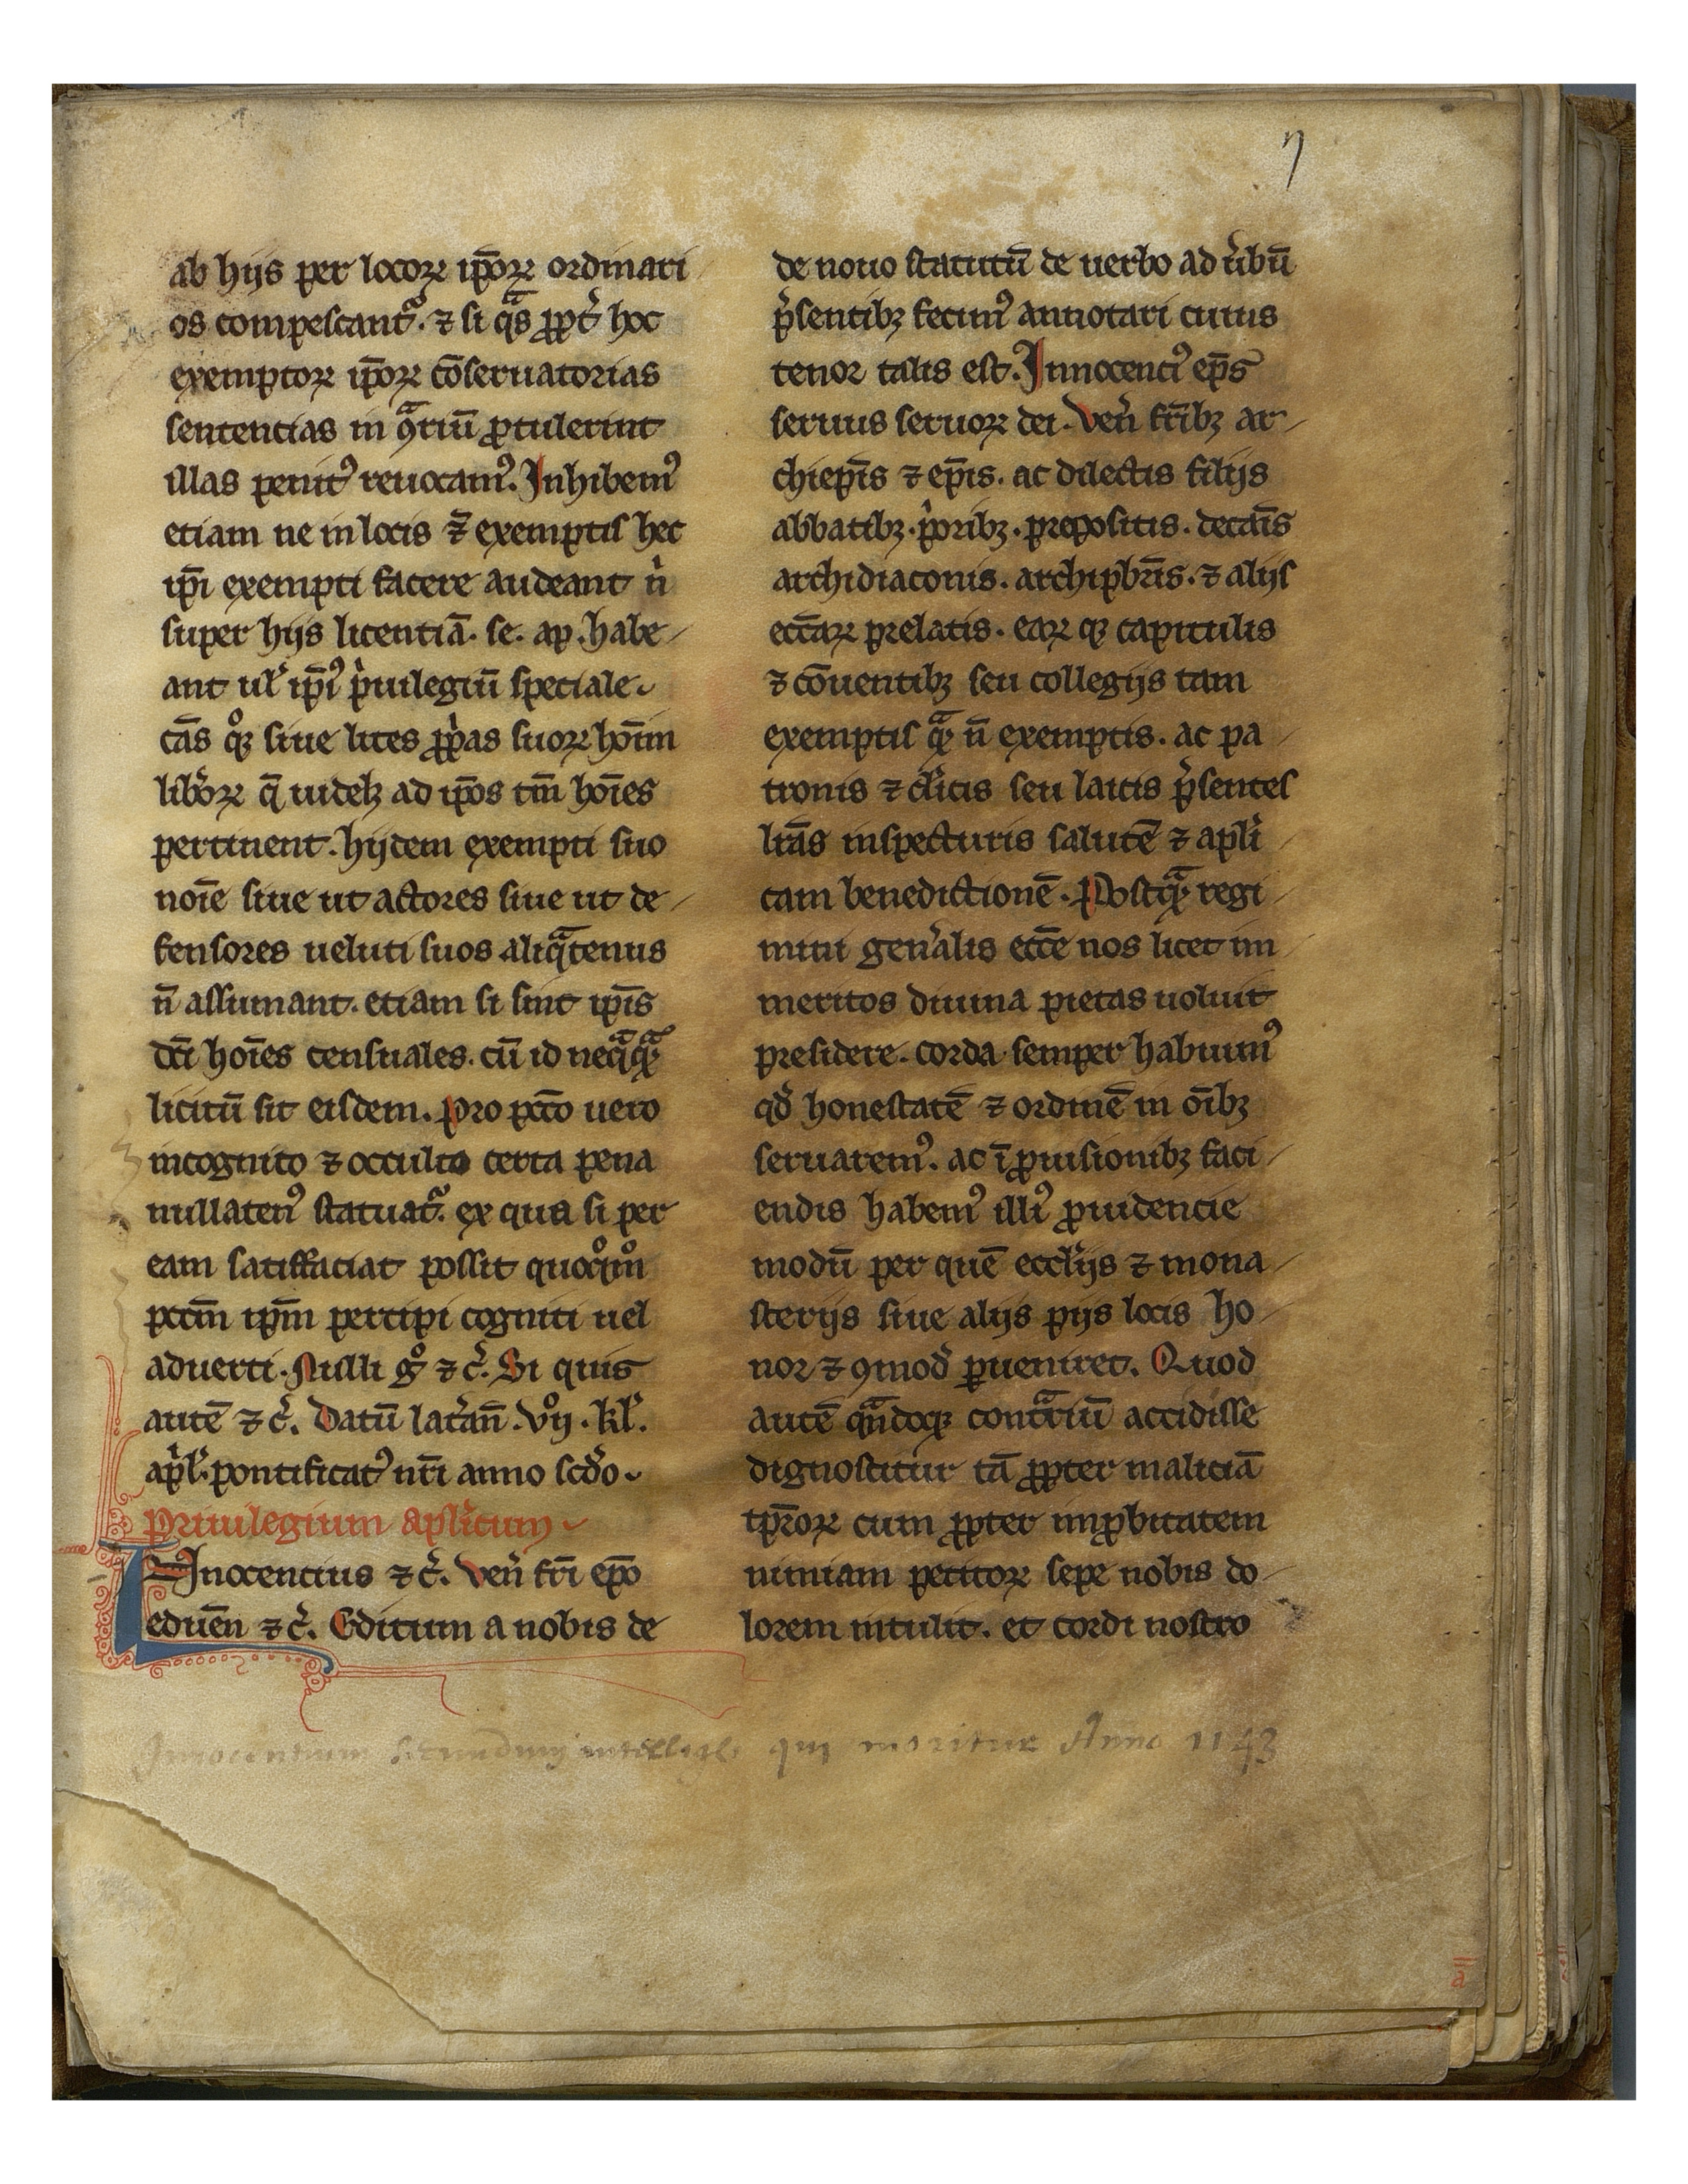
Shelfmark: Mâcon, Archives de Saône et Loire, G 443
Century: 13